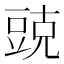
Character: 𮙓